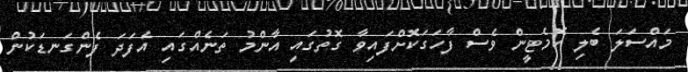
މައްސަލަ ބެލި ކޮމެޓީން ވެސް ފާހަގަކޮށްފައިވާ ގޮތުގައި އާންމު ތަނެއްގައި އެފަދަ ފެންގަނޑަކުން